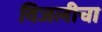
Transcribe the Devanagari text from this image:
विजलीचा